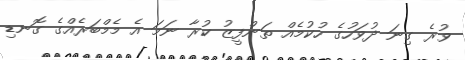
ވުރެ ގިނަ ދުވަހުގެ ހުކުމެއް ތަންފީޒު ކުރާ ނަމަ އެ މެމްބަރެއްގެ ގޮނޑި